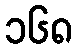
၁၆၈